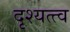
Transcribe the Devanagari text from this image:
दृश्‍यत्त्व